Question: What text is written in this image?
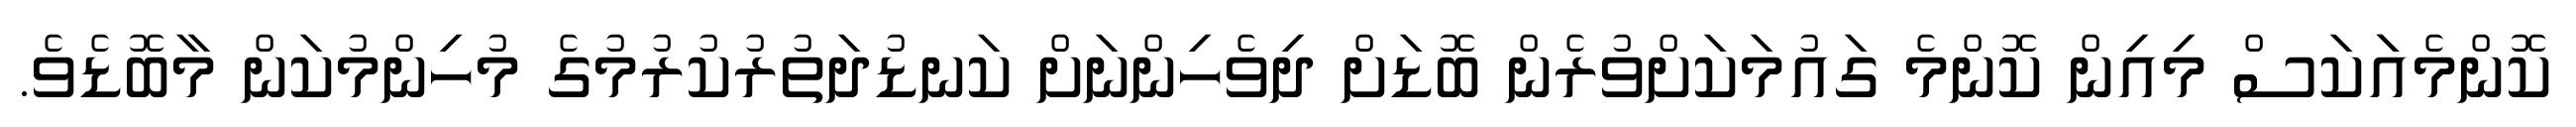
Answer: ކޮންމެއަަކަސް މިއިން ކޮންމެ ގައުމަކަށްވުރެން ބޮޑަށް ދިވެހިންނަށް ކަނޑުދަތުރުކުރުމުގެ މުހިންމުކަން މާބޮޑެވެ.